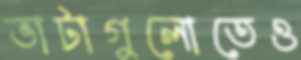
ভাটাগুলোতেও